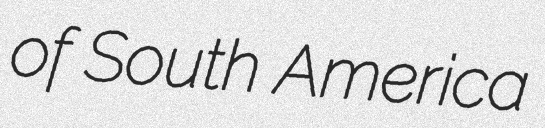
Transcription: of South America